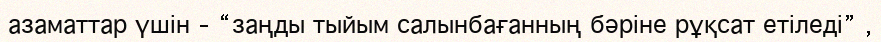
азаматтар үшін – “заңды тыйым салынбағанның бәріне рұқсат етіледі” ,